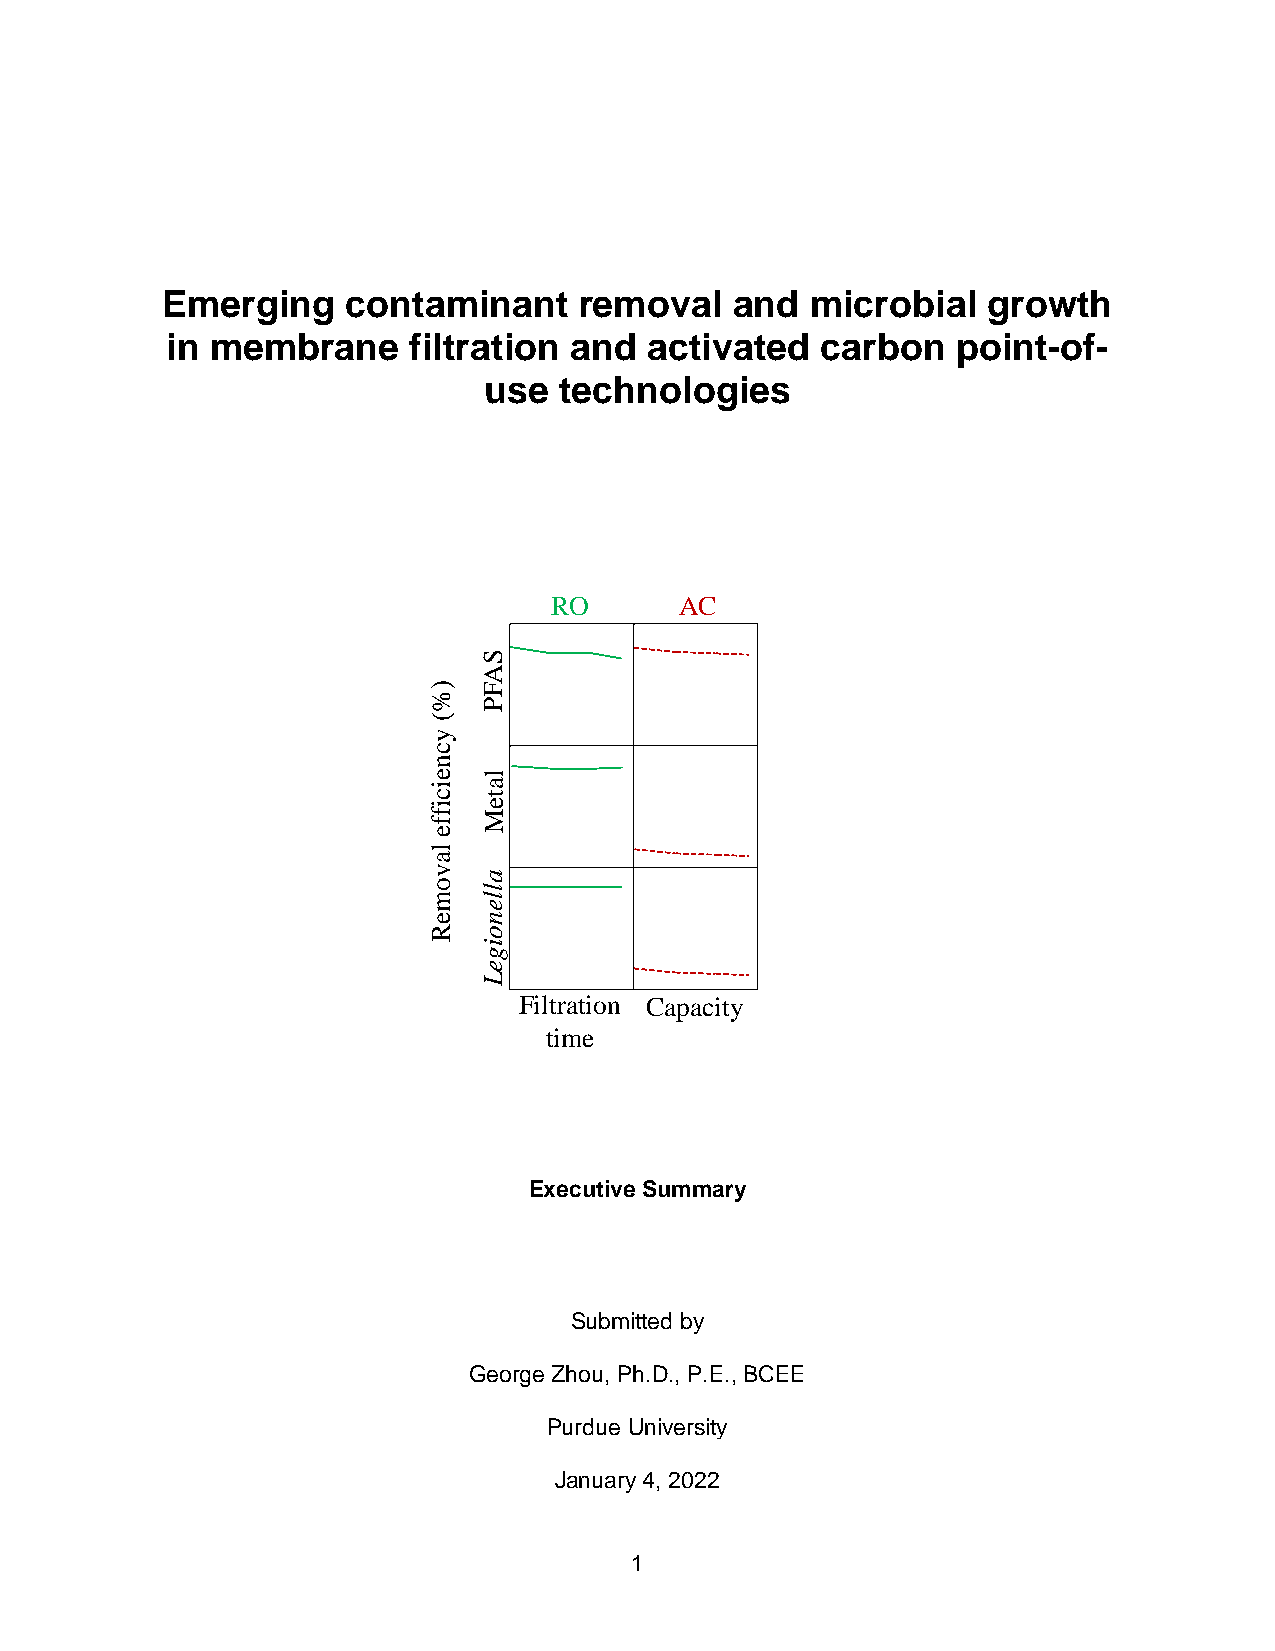
Emerging    contaminant    removal    and  microbial  growth
 in membrane     filtration and  activated  carbon   point-of-
 use  technologies
 RO       AC
 Filtration Capacity
 time
 Executive Summary
 Submitted by
 George Zhou, Ph.D., P.E., BCEE
 Purdue University
 January 4, 2022
 1
 )%(
 ycneiciffe
 lavomeR
 SAFP
 lateM
 allenoigeL